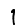
Digit: 1